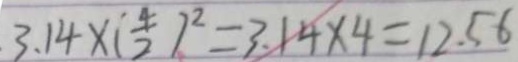
3 . 1 4 \times ( \frac { 4 } { 2 } ) ^ { 2 } = 3 . 1 4 \times 4 = 1 2 . 5 6